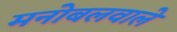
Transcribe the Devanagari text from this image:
मनोबलवाले